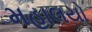
મહાલયો